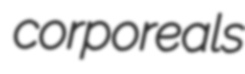
corporeals